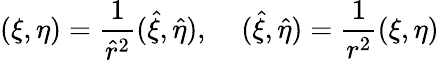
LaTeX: (\xi,\eta)=\frac{1}{\hat{r}^{2}}(\hat{\xi},\hat{\eta}),\; \; \; \; (\hat{\xi},\hat{\eta})=\frac{1}{r^{2}}(\xi,\eta)